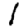
Digit: 1